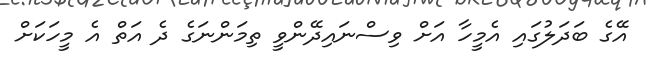
އޭގެ ބަދަލުގައި އެމީހާ އަށް ވިސްނައިދޭންވީ ތިމަންނަގެ ދެ އަތް އެ މީހަކަށް